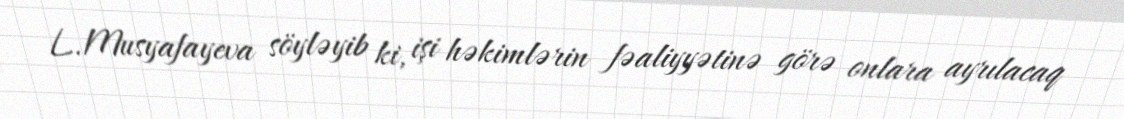
L.Musyafayeva söyləyib ki, işi həkimlərin fəaliyyətinə görə onlara ayrılacaq